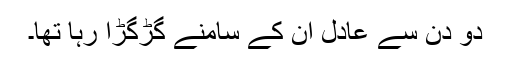
دو دِن سے عادل اُن کے سامنے گڑگڑا رہا تھا۔